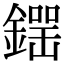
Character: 𨫘